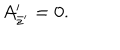
LaTeX: A _ { \bar { z } ^ { \prime } } ^ { \prime } = 0 .